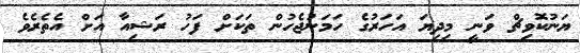
ޔަނުކޮވިޗް ވަނީ މިިދިޔަ އަހަރުގެ ހަމަނުޖެހުން ތަކަށް ފަހު ރަޝިއާ އަށް އެތެރެވެ